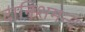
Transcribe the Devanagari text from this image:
दानिशमन्द